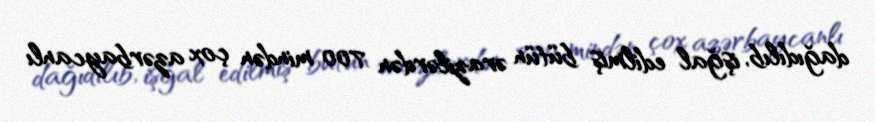
dağıdılıb, işğal edilmiş bütün ərazilərdən 700 mindən çox azərbaycanlı